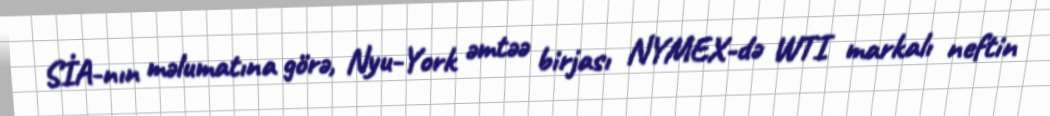
SİA-nın məlumatına görə, Nyu-York əmtəə birjası NYMEX-də WTI markalı neftin